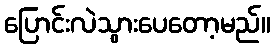
ပြောင်းလဲသွားပေတော့မည်။